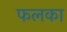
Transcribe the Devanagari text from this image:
फलका